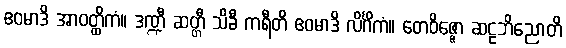
ဧဝမာဒိ အာဝတ္ထိကံ။ ဒဏ္ဍီ ဆတ္တီ သိခီ ကရီတိ ဧဝမာဒိ လိင်္ဂိကံ။ တေဝိဇ္ဇော ဆဠဘိညောတိ